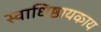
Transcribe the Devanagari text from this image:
स्वाधिष्ठायकाय